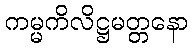
ကမ္မကိလိဋ္ဌမတ္တနော